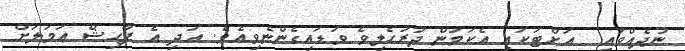
ނުދެއްވައި  އަށްޓަކައި އެކަމުން ދުރުހެލިވެ ވަޑައިގެންނެވިއެވެ. އަދި އެ ފާޙިޝް ޢަމަލަށް